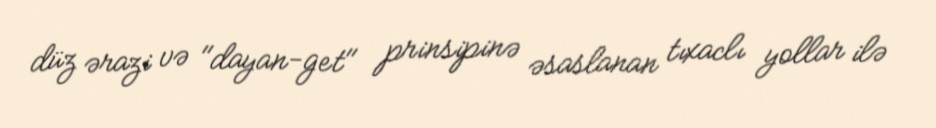
düz ərazi və "dayan-get" prinsipinə əsaslanan tıxaclı yollar ilə